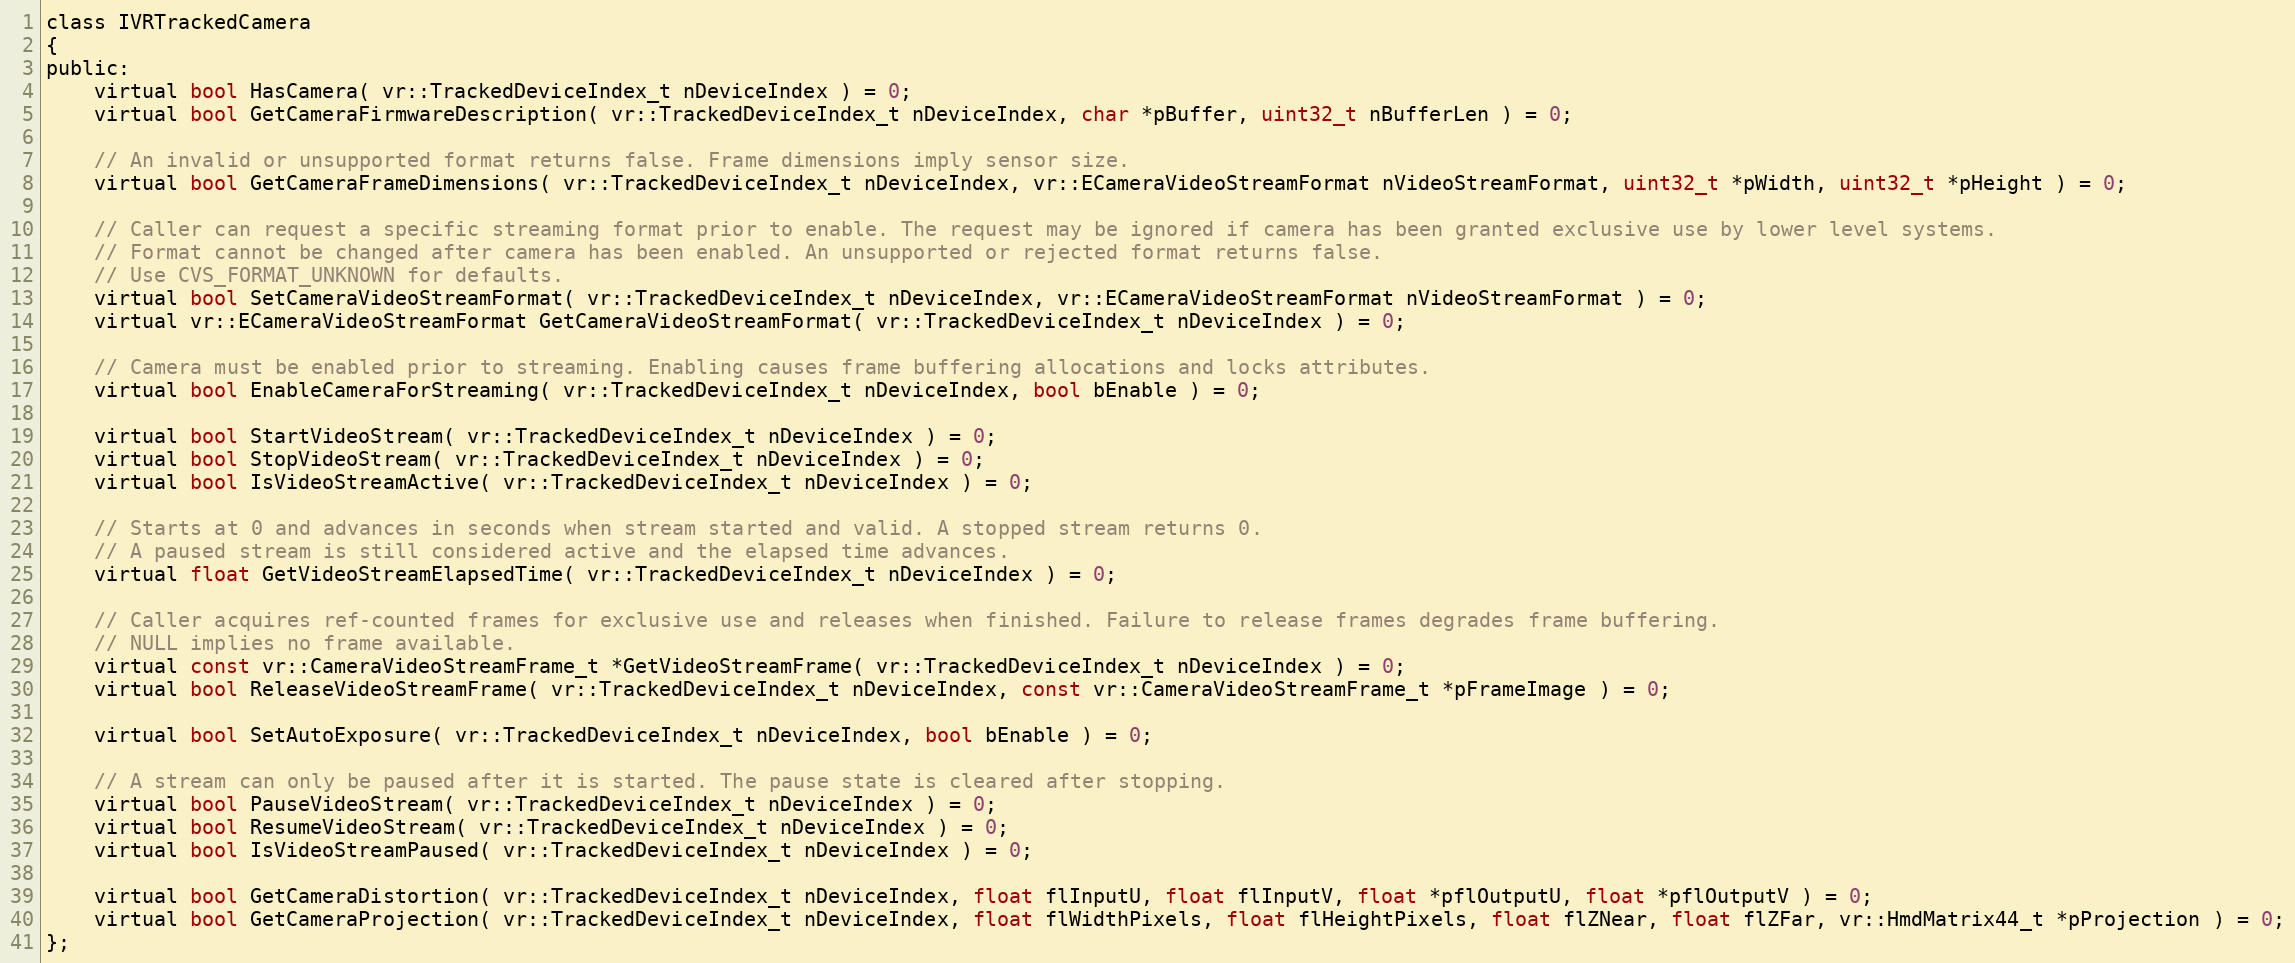
Language: C
class IVRTrackedCamera
{
public:
	virtual bool HasCamera( vr::TrackedDeviceIndex_t nDeviceIndex ) = 0;
	virtual bool GetCameraFirmwareDescription( vr::TrackedDeviceIndex_t nDeviceIndex, char *pBuffer, uint32_t nBufferLen ) = 0;

	// An invalid or unsupported format returns false. Frame dimensions imply sensor size.
	virtual bool GetCameraFrameDimensions( vr::TrackedDeviceIndex_t nDeviceIndex, vr::ECameraVideoStreamFormat nVideoStreamFormat, uint32_t *pWidth, uint32_t *pHeight ) = 0;

	// Caller can request a specific streaming format prior to enable. The request may be ignored if camera has been granted exclusive use by lower level systems.
	// Format cannot be changed after camera has been enabled. An unsupported or rejected format returns false.
	// Use CVS_FORMAT_UNKNOWN for defaults.
	virtual bool SetCameraVideoStreamFormat( vr::TrackedDeviceIndex_t nDeviceIndex, vr::ECameraVideoStreamFormat nVideoStreamFormat ) = 0;
	virtual vr::ECameraVideoStreamFormat GetCameraVideoStreamFormat( vr::TrackedDeviceIndex_t nDeviceIndex ) = 0;

	// Camera must be enabled prior to streaming. Enabling causes frame buffering allocations and locks attributes.
	virtual bool EnableCameraForStreaming( vr::TrackedDeviceIndex_t nDeviceIndex, bool bEnable ) = 0;

	virtual bool StartVideoStream( vr::TrackedDeviceIndex_t nDeviceIndex ) = 0;
	virtual bool StopVideoStream( vr::TrackedDeviceIndex_t nDeviceIndex ) = 0;
	virtual bool IsVideoStreamActive( vr::TrackedDeviceIndex_t nDeviceIndex ) = 0;

	// Starts at 0 and advances in seconds when stream started and valid. A stopped stream returns 0.
	// A paused stream is still considered active and the elapsed time advances.
	virtual float GetVideoStreamElapsedTime( vr::TrackedDeviceIndex_t nDeviceIndex ) = 0;

	// Caller acquires ref-counted frames for exclusive use and releases when finished. Failure to release frames degrades frame buffering.
	// NULL implies no frame available.
	virtual const vr::CameraVideoStreamFrame_t *GetVideoStreamFrame( vr::TrackedDeviceIndex_t nDeviceIndex ) = 0;
	virtual bool ReleaseVideoStreamFrame( vr::TrackedDeviceIndex_t nDeviceIndex, const vr::CameraVideoStreamFrame_t *pFrameImage ) = 0;

	virtual bool SetAutoExposure( vr::TrackedDeviceIndex_t nDeviceIndex, bool bEnable ) = 0;

	// A stream can only be paused after it is started. The pause state is cleared after stopping.
	virtual bool PauseVideoStream( vr::TrackedDeviceIndex_t nDeviceIndex ) = 0;
	virtual bool ResumeVideoStream( vr::TrackedDeviceIndex_t nDeviceIndex ) = 0;
	virtual bool IsVideoStreamPaused( vr::TrackedDeviceIndex_t nDeviceIndex ) = 0;

	virtual bool GetCameraDistortion( vr::TrackedDeviceIndex_t nDeviceIndex, float flInputU, float flInputV, float *pflOutputU, float *pflOutputV ) = 0;
	virtual bool GetCameraProjection( vr::TrackedDeviceIndex_t nDeviceIndex, float flWidthPixels, float flHeightPixels, float flZNear, float flZFar, vr::HmdMatrix44_t *pProjection ) = 0;
};